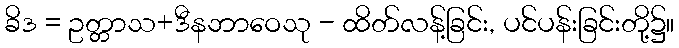
ခိဒ = ဥတ္တာသ+ဒီနဘာဝေသု - ထိတ်လန့်ခြင်း, ပင်ပန်းခြင်းတို့၌။